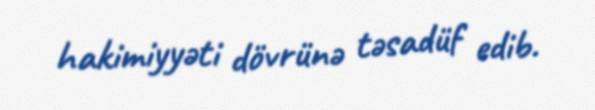
hakimiyyəti dövrünə təsadüf edib.